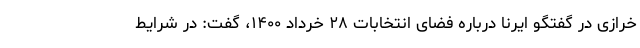
خرازی در گفتگو ایرنا درباره فضای انتخابات ۲۸ خرداد ۱۴۰۰، گفت: در شرایط